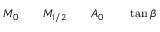
M _ { 0 } \qquad M _ { 1 / 2 } \qquad A _ { 0 } \qquad \tan \beta